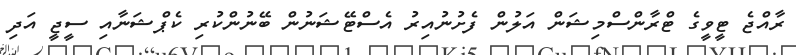
ރާއްޖެ ޓީވީގެ ޓްރާންސްމިޝަން އަލުން ފެށުނުއިރު އެސްޓޭޝަނުން ބޭނުންކުރި ކެޕްޝަނާއި ސީޖީ އަދި